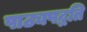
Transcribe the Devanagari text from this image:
पाठ्यपद्धति